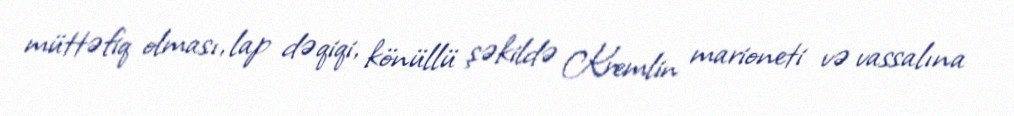
müttəfiq olması, lap dəqiqi, könüllü şəkildə Kremlin marioneti və vassalına